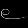
Digit: ၉